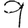
Digit: 9